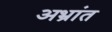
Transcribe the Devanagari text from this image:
अभ्रांत